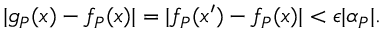
| g _ { P } ( x ) - f _ { P } ( x ) | = | f _ { P } ( x ^ { \prime } ) - f _ { P } ( x ) | < \epsilon | \alpha _ { P } | .